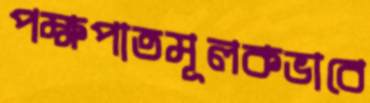
পক্ষপাতমূলকভাবে